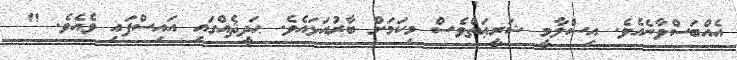
އެއްބަސްވާނެއެވެ. އިސްލާމީ ޝަރީޢަތްވެސް މިކަމަށް ބާރުއަޅައެވެ. ޙަދީޘެއްގައި އައިސްފައި ވެއެވެ. "